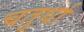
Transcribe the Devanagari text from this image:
चतुर्धा